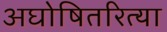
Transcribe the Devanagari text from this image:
अघोषितरित्या